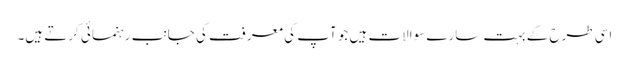
اسی طرح کے بہت سارے سوالات ہیں جو آپ کی معرفت کی جانب رہنمائی کرتے ہیں۔